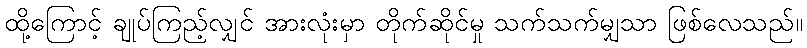
ထို့ကြောင့် ချုပ်ကြည့်လျှင် အားလုံးမှာ တိုက်ဆိုင်မှု သက်သက်မျှသာ ဖြစ်လေသည်။